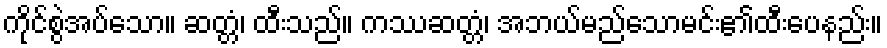
ကိုင်စွဲအပ်သော။ ဆတ္တံ၊ ထီးသည်။ ကဿဆတ္တံ၊ အဘယ်မည်သောမင်း၏ထီးပေနည်း။